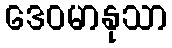
ဒေဝမာနုသာ